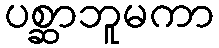
ပစ္ဆာဘူမကာ